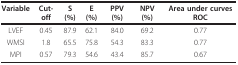
| Variable | Cut-off | S (%) | E (%) | PPV (%) | NPV (%) | Area under curves ROC |
 | --- | --- | --- | --- | --- | --- | --- |
 | LVEF | 0.45 | 87.9 | 62.1 | 84.0 | 69.2 | 0.77 |
 | WMSI | 1.8 | 65.5 | 75.8 | 54.3 | 83.3 | 0.77 |
 | MPI | 0.57 | 79.3 | 54.6 | 43.4 | 85.7 | 0.67 |